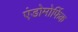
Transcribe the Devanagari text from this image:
एंडोमोर्फिक